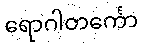
ရောဂါတင်္ကော